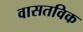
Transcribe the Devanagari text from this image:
वासतविक